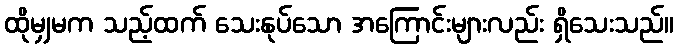
ထိုမျှမက သည့်ထက် သေးနုပ်သော အကြောင်းများလည်း ရှိသေးသည်။